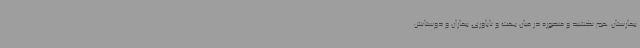
بیمارستان هم نکشید و منصوره در میان بهت و ناباوری بیماران و دوستانش